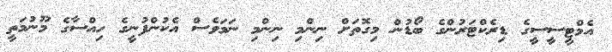
އެމްޓީސީސީގެ ޑިރެކްޓަރުންގެ ބޯޑުން މިގޮތަށް ނިންމި ނިންމި ނަމަވެސް އެކުންފުނީގެ ހިއްސާގެ މޫނުމަތީ